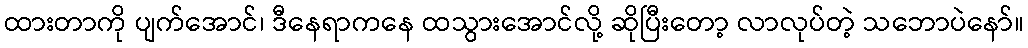
ထားတာကို ပျက်အောင်၊ ဒီနေရာကနေ ထသွားအောင်လို့ ဆိုပြီးတော့ လာလုပ်တဲ့ သဘောပဲနော်။